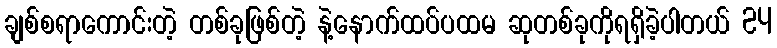
ချစ်စရာကောင်းတဲ့ တစ်ခုဖြစ်တဲ့ နဲ့နောက်ထပ်ပထမ ဆုတစ်ခုကိုရရှိခဲ့ပါတယ် 24